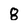
Character: 8